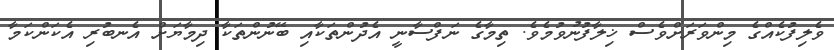
ވެލިފުކެއްގެ މިންވަރަށްވެސް ޚިލާފުނުވުމެވެ. ތިމާގެ ނަފްސާނީ އެދުންތަކާއި ބޭނުންތަކާ ދިމާޔަށް އެނބުރި އެކަންކަމާ